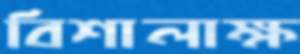
বিশালাক্ষ